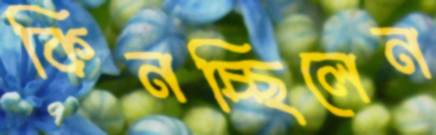
কিনচ্ছিলেন